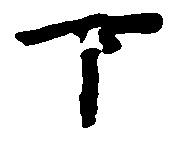
下